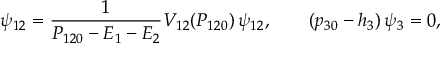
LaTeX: \psi _ { 1 2 } = { \frac { 1 } { P _ { 1 2 0 } - E _ { 1 } - E _ { 2 } } } V _ { 1 2 } ( P _ { 1 2 0 } ) \, \psi _ { 1 2 } , \qquad ( p _ { 3 0 } - h _ { 3 } ) \, \psi _ { 3 } = 0 ,